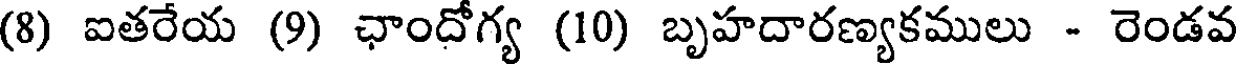
(8) ఐతరేయ (9) ఛాందోగ్య (10) బృహదారణ్యకములు - రెండవ